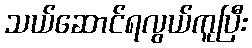
သယ်ဆောင်ရလွယ်ကူပြီး